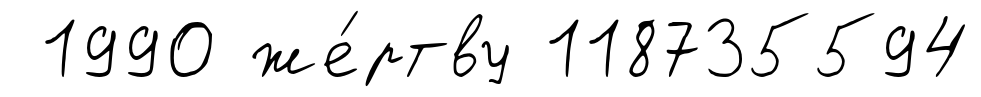
1990 же́ртву 118735594